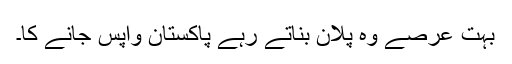
بہت عرصے وہ پلان بناتے رہے پاکستان واپس جانے کا۔